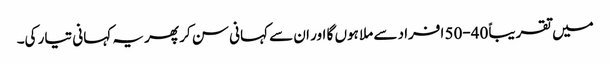
میں تقریباً 40-50 افراد سے ملا ہوں گا اور ان سے کہانی سن کر پھر یہ کہانی تیار کی۔